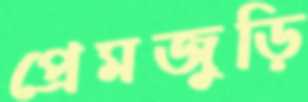
প্রেমজুড়ি